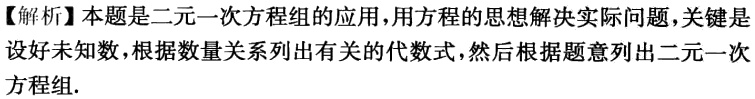
【解析】本题是二元一次方程组的应用，用方程的思想解决实际问题，关键是设好未知数，根据数量关系列出有关的代数式，然后根据题意列出二元一次方程组.